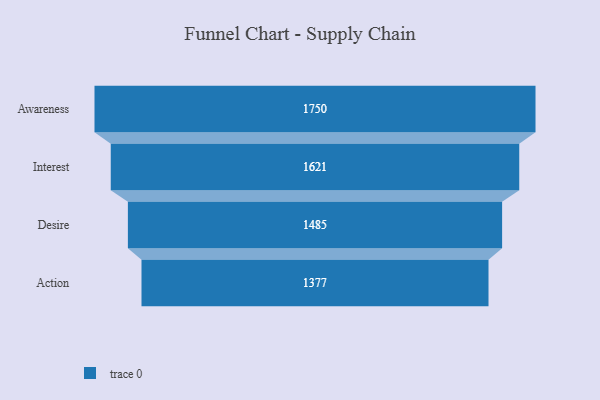
{"axis": {"x": "Stage", "y": "Value"}, "legend": [""], "data": [{"x": "Awareness", "y": 1750.0, "type": ""}, {"x": "Interest", "y": 1621.0, "type": ""}, {"x": "Desire", "y": 1485.0, "type": ""}, {"x": "Action", "y": 1377.0, "type": ""}]}